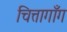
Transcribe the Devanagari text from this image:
चित्तागाँग